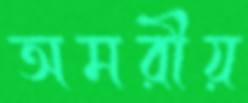
অমরীয়